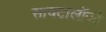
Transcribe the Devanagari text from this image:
सायटालॉजी